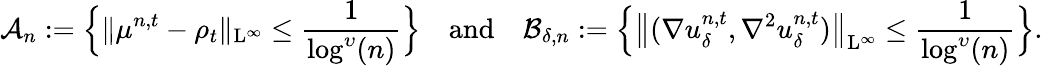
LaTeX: \mathcal{A}_{n}:=\Big\{ \| \mu^{n,t}-\rho_{t}\| _{\mathrm{L}^{\infty}}\leq\frac{1}{\log^{\upsilon}(n)}\Big\} \quad\mathrm{and}\quad\mathcal{B}_{\delta,n}:=\Big\{ \big\| (\nabla u_{\delta}^{n,t},\nabla^{2}u_{\delta}^{n,t})\big\| _{\mathrm{L}^{\infty}}\leq\frac{1}{\log^{\upsilon}(n)}\Big\} .